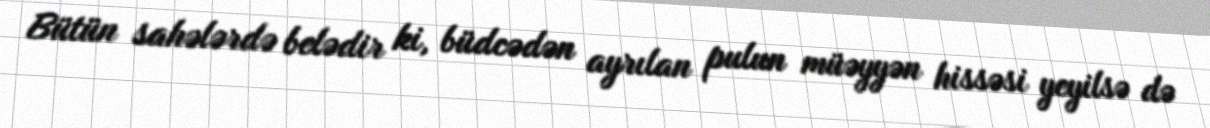
Bütün sahələrdə belədir ki, büdcədən ayrılan pulun müəyyən hissəsi yeyilsə də